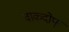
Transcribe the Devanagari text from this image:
वाकदोफ्